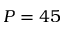
P = 4 5